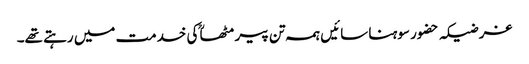
غرضیکہ حضور سوہنا سائیں ہمہ تن پیر مٹھاؒ کی خدمت میں رہتے تھے۔